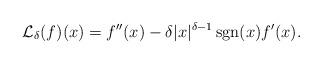
LaTeX: \begin{align*}\mathcal{L}_\delta(f)(x) = f''(x) -\delta |x|^{\delta-1}\operatorname{sgn}(x)f'(x). \end{align*}